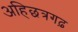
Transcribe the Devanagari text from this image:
अहिछत्रगढ़